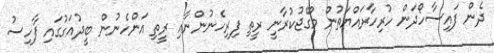
ދެން ފައިސާހޯދަން ހުރިހާރައްޔަތުން މޯގޭޖުކުރާނީ ރީތި ފިރިހެނުންނާއި ރީތި އަންހެނުން ބީދުއަގުގައި ފާހިސު